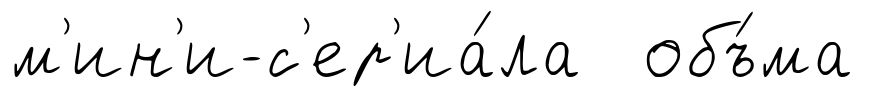
м'ин'и-с'ер'иа́ла объ́ма